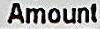
AMOUNT